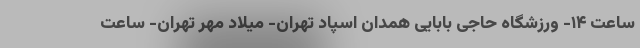
ساعت ۱۴- ورزشگاه حاجی بابایی همدان اسپاد تهران- میلاد مهر تهران- ساعت